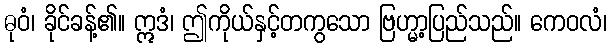
ဓုဝံ၊ ခိုင်ခန့်၏။ ဣဒံ၊ ဤကိုယ်နှင့်တကွသော ဗြဟ္မာ့ပြည်သည်။ ကေဝလံ၊